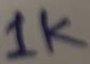
Text: 1K